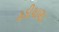
હડીયાણા